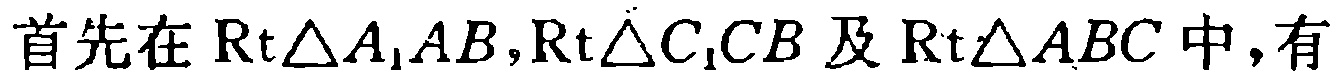
首先在$\mathrm{Rt}\triangle A_{1}AB,\mathrm{Rt}\triangle C_{1}CB$及$\mathrm{Rt}\triangle ABC$中，有